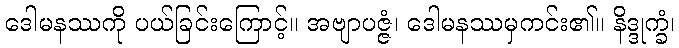
ဒေါမနဿကို ပယ်ခြင်းကြောင့်။ အဗျာပဇ္ဇံ၊ ဒေါမနဿမှကင်း၏။ နိဒ္ဒုက္ခံ၊